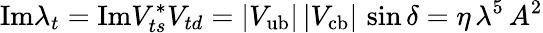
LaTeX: \mathrm{Im}\lambda_{t}=\mathrm{Im}V_{ts}^{*}V_{td}=|V_{\mathrm{ub}}|\, |V_{\mathrm{cb}}|\, \sin\delta=\eta\, \lambda^{5}\, A^{2}